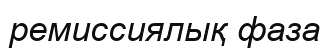
ремиссиялық фаза